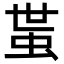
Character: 𧉺